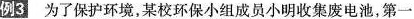
例3 为了保护环境，某校环保小组成员小明收集废电池，第一